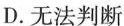
D.无法判断